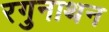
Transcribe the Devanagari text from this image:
रगुनाथन